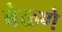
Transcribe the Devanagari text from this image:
बेळणे